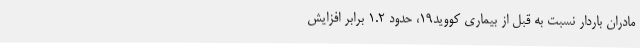
مادران باردار نسبت به قبل از بیماری کووید۱۹، حدود ۱.۲ برابر افزایش